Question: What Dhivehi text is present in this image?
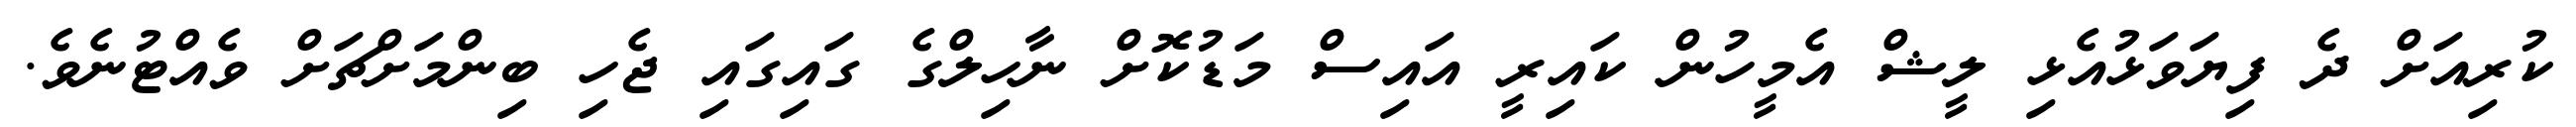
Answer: ކުރިއަށް ދެ ފިޔަވަޅުއެޅި ލީޝް އެމީހުން ކައިރީ އައިސް މަޑުކޮށް ނާހިލްގެ ގައިގައި ޖެހި ބިންމަށްޗަށް ވެއްޓުނެވެ.